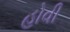
હોવી